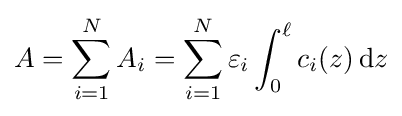
A=\sum _{i=1}^{N}A_{i}=\sum _{i=1}^{N}\varepsilon _{i}\int _{0}^{\ell }c_{i}(z)\,\mathrm {d} z